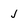
Character: j